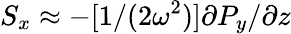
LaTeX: S_{x}\approx-[1/(2\omega^{2})]\partial P_{y}/\partial z